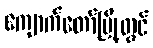
ကျောက်တော်မြို့တွင်